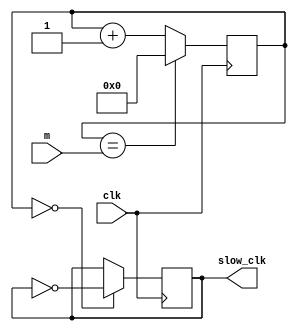
`timescale 1ns / 1ps
//////////////////////////////////////////////////////////////////////////////////
// Company: 
// Engineer: 
// 
// Design Name: 
// Module Name: variable_clk
// Project Name: 
// Target Devices: 
// Tool Versions: 
// Description: 
// 
// Dependencies: 
// 
// Revision:
// Revision 0.01 - File Created
// Additional Comments:
// 
//////////////////////////////////////////////////////////////////////////////////


module variable_clk(
    input clk,
    input [31:0]m,
    output reg slow_clk
    );
    reg [31:0] count = 0;
    
    always @ (posedge clk)
    begin
       count <= (count == m) ? 0 : count + 1;
       slow_clk <= (count == 0) ? ~slow_clk : slow_clk;
    end 
endmodule